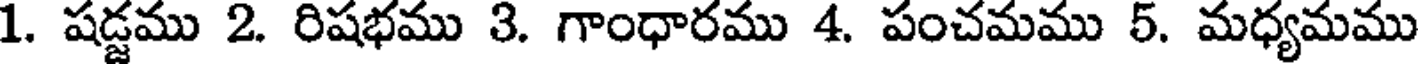
1. షడ్జము 2. రిషభము 3. గాంధారము 4. పంచమము 5. మధ్యమము